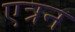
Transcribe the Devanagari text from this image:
एत्रन